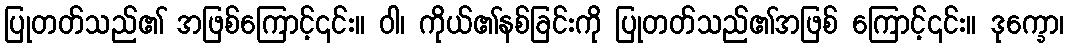
ပြုတတ်သည်၏ အဖြစ်ကြောင့်၎င်း။ ဝါ၊ ကိုယ်၏နစ်ခြင်းကို ပြုတတ်သည်၏အဖြစ် ကြောင့်၎င်း။ ဒုက္ခော၊